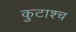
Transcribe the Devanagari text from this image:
कुटाश्च